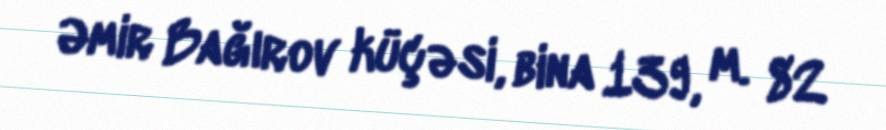
Əmir Bağırov küçəsi, bina 139, m. 82